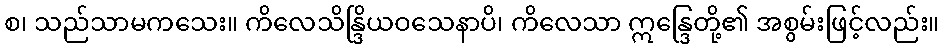
စ၊ သည်သာမကသေး။ ကိလေသိန္ဒြိယဝသေနာပိ၊ ကိလေသာ ဣန္ဒြေတို့၏ အစွမ်းဖြင့်လည်း။